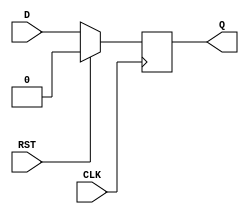
`timescale 1ns / 1ps
//////////////////////////////////////////////////////////////////////////////////

// Module Name: D_FF

//////////////////////////////////////////////////////////////////////////////////


module D_FF(
    input D,
    input CLK,
    input RST,
    output reg Q
    );
    
always@(posedge CLK) 
    begin
    if(RST == 1)
        Q <= 0;
    else 
        Q <= D;  
    end 
endmodule